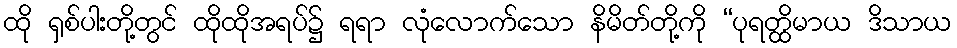
ထို ရှစ်ပါးတို့တွင် ထိုထိုအရပ်၌ ရရာ လုံလောက်သော နိမိတ်တို့ကို “ပုရတ္ထိမာယ ဒိသာယ